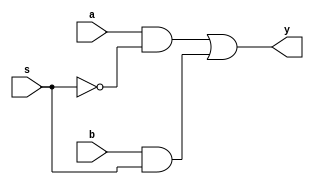

module mux_2to1(a, b, s, y);
	input a, b, s;
	output y;
	wire is;
	wire aa, bb;

	not U1(is, s);		//#(rise_val, fall_val)
					//rise delay : Time to transition from 0, x, and z to 1.
					//fall delay : Time to transition from 1, x, and z to 0.
	and U2(aa, a, is);
	and U3(bb, b, s);
	or U4(y, aa, bb);

endmodule


module muxTester();
	reg ai = 0, bi = 0, ci = 0;
	wire yo;
	mux_2to1 MUT(ai, bi, ci, yo);
	initial $monitor($time, "ai=%b,bi=%b,ci=%b", ai, bi, ci);
	initial begin
		#23; ai = 0; bi = 0; ci = 1;
		#23; ai = 0; bi = 1; ci = 1;
		#23; ai = 1; bi = 0; ci = 1;
		#23; ai = 1; bi = 1; ci = 1;
		#23; ai = 0; bi = 0; ci = 0;
		#23; ai = 0; bi = 1; ci = 0;
		#23; ai = 1; bi = 0; ci = 0;
		#23; ai = 1; bi = 1; ci = 0;
		#23; $stop;
	end

	

	
endmodule